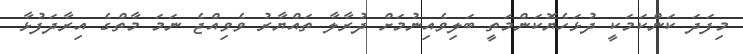
މިފަދަ ކަންކަމަކީ ދުޅަހެޔޮކަންމަތީ ބަލިވެއިނުމަށް ދުރާލާ ތައްޔާރު ވެވިއްޖެ ނަމަ މާތްގެ އިރާދަފުޅާ